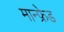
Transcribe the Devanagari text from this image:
मान्फ्रेड